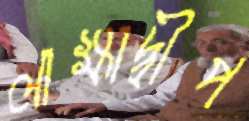
লাক্ষাদ্বীপ